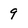
Character: 9